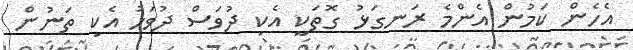
އެހެން ކަމުން އެންމެ ރަނގަޅު ގޮތަކީ އެކި ދުވަސް ދުވަހު އެކި ތަނުން